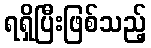
ရရှိပြီးဖြစ်သည့်